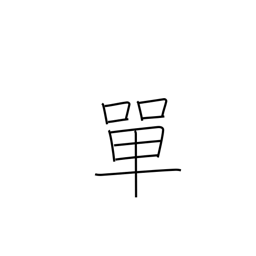
Meaning: simple